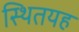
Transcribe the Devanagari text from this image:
स्थितयह